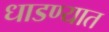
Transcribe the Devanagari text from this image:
धाडण्यात